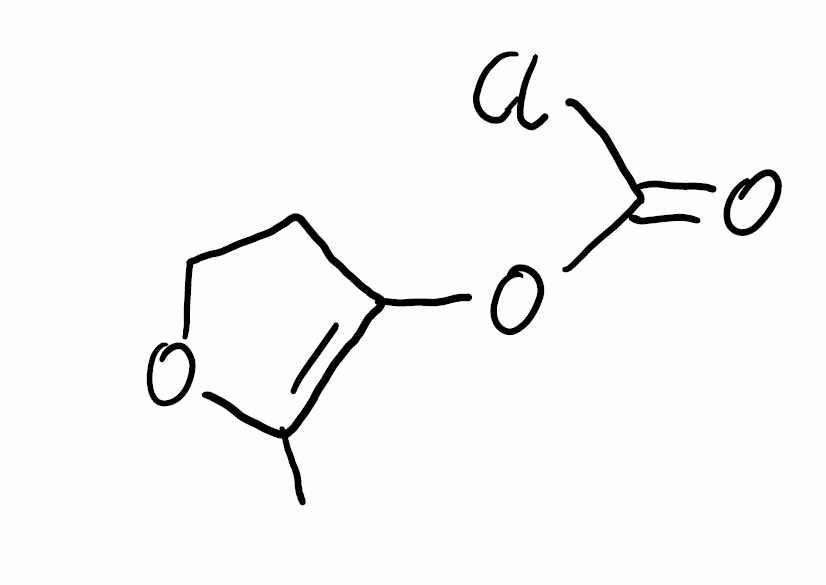
Simplified molecular-input line-entry system (SMILES) notation of the given molecule:
CC1=C(CCO1)OC(=O)Cl